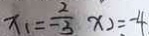
x _ { 1 } = \frac { 2 } { - 3 } x _ { 2 } = - 4 .